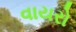
વાયરો